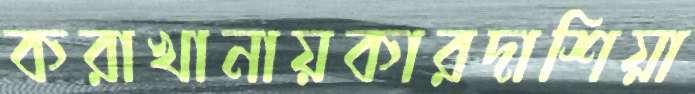
করাখানায়কারদাশিয়া